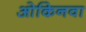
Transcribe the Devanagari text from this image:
ओकिनवा